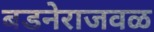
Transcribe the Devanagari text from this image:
बडनेराजवळ